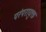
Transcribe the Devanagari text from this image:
परंपरायुक्त